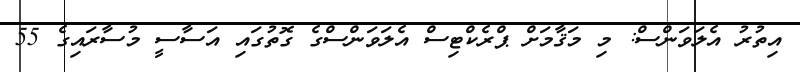
އިތުރު އެލަވަންސް: މި މަޤާމަށް ޕްރެކްޓިސް އެލަވަންސްގެ ގޮތުގައި އަސާސީ މުސާރައިގެ 55